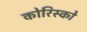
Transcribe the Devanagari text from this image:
कोरिस्को